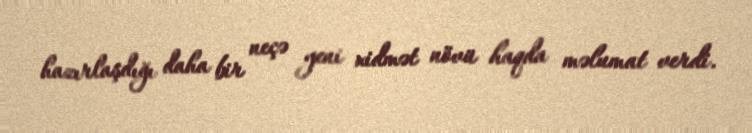
hazırlaşdığı daha bir neçə yeni xidmət növü haqda məlumat verdi.